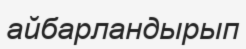
айбарландырып